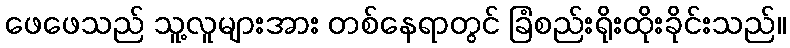
ဖေဖေသည် သူ့လူများအား တစ်နေရာတွင် ခြံစည်းရိုးထိုးခိုင်းသည်။